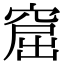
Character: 窟